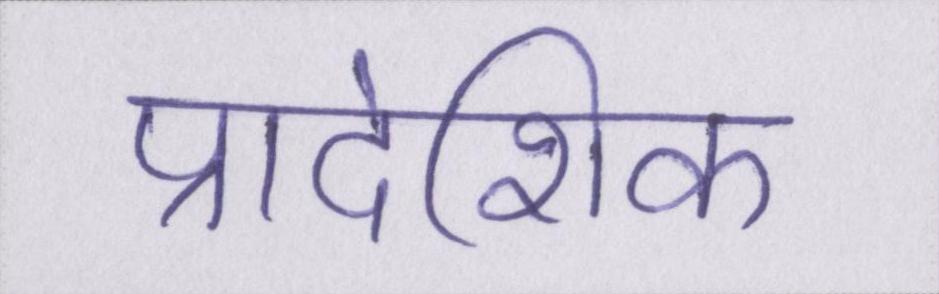
प्रादेशिक